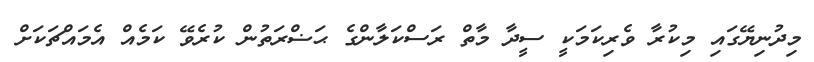
މިދުނިޔޭގައި މިކުރާ ވެރިކަމަކީ ސީދާ މާތް ރަސްކަލާންގެ ޙަޟްރަތުން ކުރެވޭ ކަމެއް އެމައްޗަކަށް